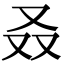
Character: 叒